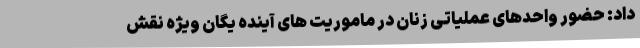
داد: حضور واحدهای عملیاتی زنان در ماموریت های آینده یگان ویژه نقش